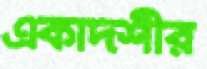
একাদশীর